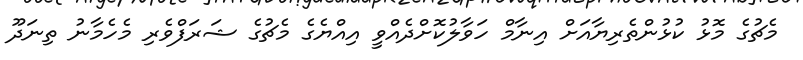
މެޗުގެ މޮޅު ކުޅުންތެރިޔާއަށް އިނާމް ހަވާލުކޮށްދެއްވީ އިއްޔެގެ މެޗުގެ ޝަރަފްވެރި މެހެމާނު ތިނަދޫ